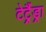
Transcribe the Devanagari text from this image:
टेट्रैंड्रा